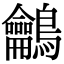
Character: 鸙